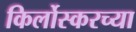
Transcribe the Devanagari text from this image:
किर्लोस्करच्या